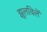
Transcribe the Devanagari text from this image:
झुलविलें